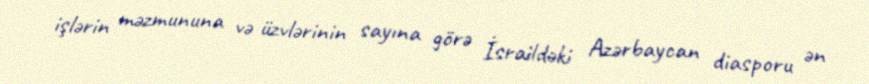
işlərin məzmununa və üzvlərinin sayına görə İsraildəki Azərbaycan diasporu ən